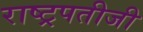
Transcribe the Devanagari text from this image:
राष्ट्रपतीजी